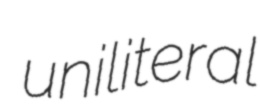
uniliteral